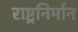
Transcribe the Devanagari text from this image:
राष्ट्रनिर्मान